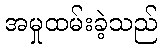
အမှုထမ်းခဲ့သည်